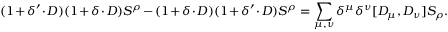
( 1 + \delta ^ { \prime } \cdot D ) ( 1 + \delta \cdot D ) S ^ { \rho } - ( 1 + \delta \cdot D ) ( 1 + \delta ^ { \prime } \cdot D ) S ^ { \rho } = \sum _ { \mu , \nu } \delta ^ { \mu } \delta ^ { \nu } [ D _ { \mu } , D _ { \nu } ] S _ { \rho } .